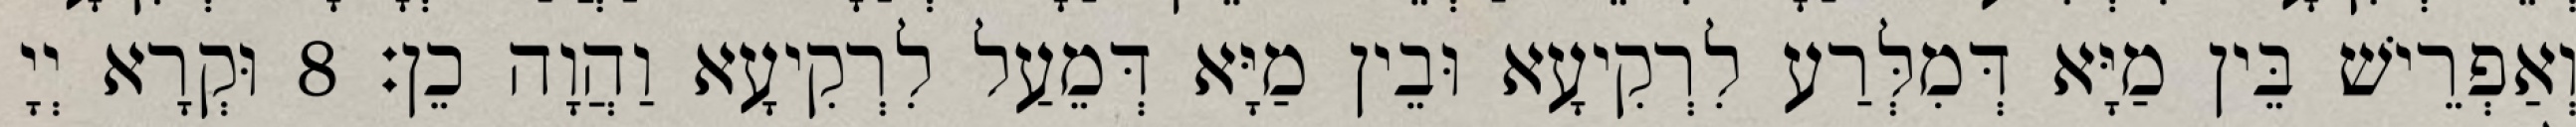
וְאַפְרֵישׁ בֵּין מַיָּא דְּמִלְּרַע לִרְקִיעָא וּבֵין מַיָּא דְּמֵעַל לִרְקִיעָא וַהֲוָה כֵן׃ 8 וּקְרָא יְיָ